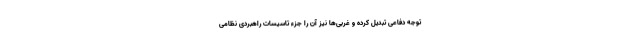
توجه دفاعی تبدیل کرده و غربی‌ها نیز آن را جزء تاسیسات راهبردی نظامی